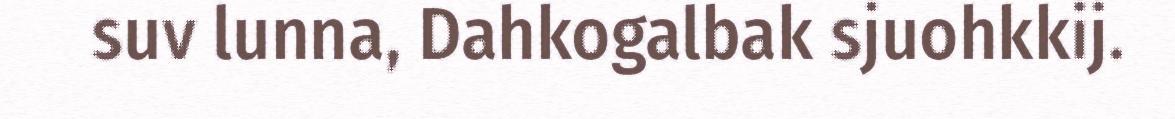
suv lunna, Dahkogalbak sjuohkkij.